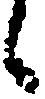
之